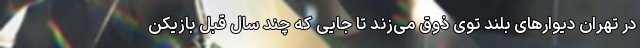
در تهران دیوارهای بلند توی ذوق می‌زند تا جایی که چند سال قبل بازیکن